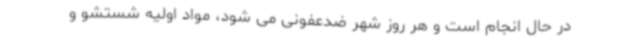
در حال انجام است و هر روز شهر ضدعفونی می شود، مواد اولیه شستشو و